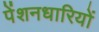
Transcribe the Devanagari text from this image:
पेंशनधारियों